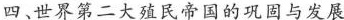
四、世界第二大殖民帝国的巩固与发展